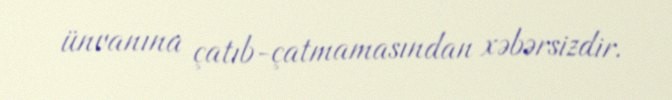
ünvanına çatıb-çatmamasından xəbərsizdir.